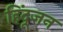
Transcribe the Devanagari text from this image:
हिंदूजन